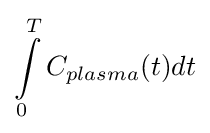
\int \limits _{0}^{T}C_{plasma}(t)dt